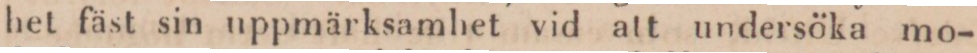
het fäst sin uppmärksamhet vid att undersöka mo-